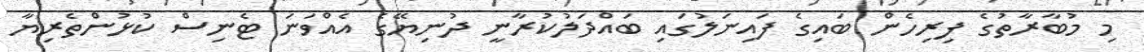
މި މުބާރާތުގެ ފިރިހެން ބައިގެ ފައިނަލުގައި ބައްދަލުކުރާނީ ދުނިޔޭގެ އެއްވަނަ ޓެނިސް ކުޅުންތެރިޔާ